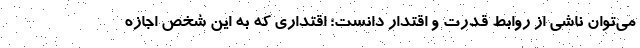
می‌توان ناشی از روابط قدرت و اقتدار دانست؛ اقتداری که به این شخص اجازه